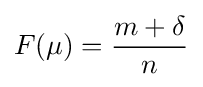
F(\mu )={\frac {m+\delta }{n}}